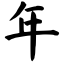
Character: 年